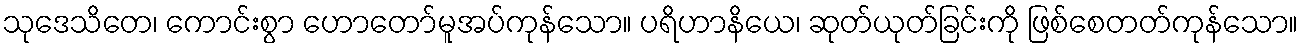
သုဒေသိတေ၊ ကောင်းစွာ ဟောတော်မူအပ်ကုန်သော။ ပရိဟာနိယေ၊ ဆုတ်ယုတ်ခြင်းကို ဖြစ်စေတတ်ကုန်သော။